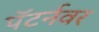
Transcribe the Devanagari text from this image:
पॅटर्नवर